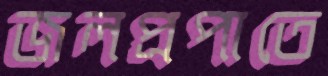
জলপ্রপাতে